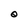
Character: O